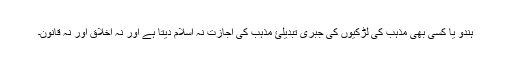
ہندو یا کسی بھی مذہب کی لڑکیوں کی جبری تبدیلئ مذہب کی اجازت نہ اسلام دیتا ہے اور نہ اخلاق اور نہ قانون۔